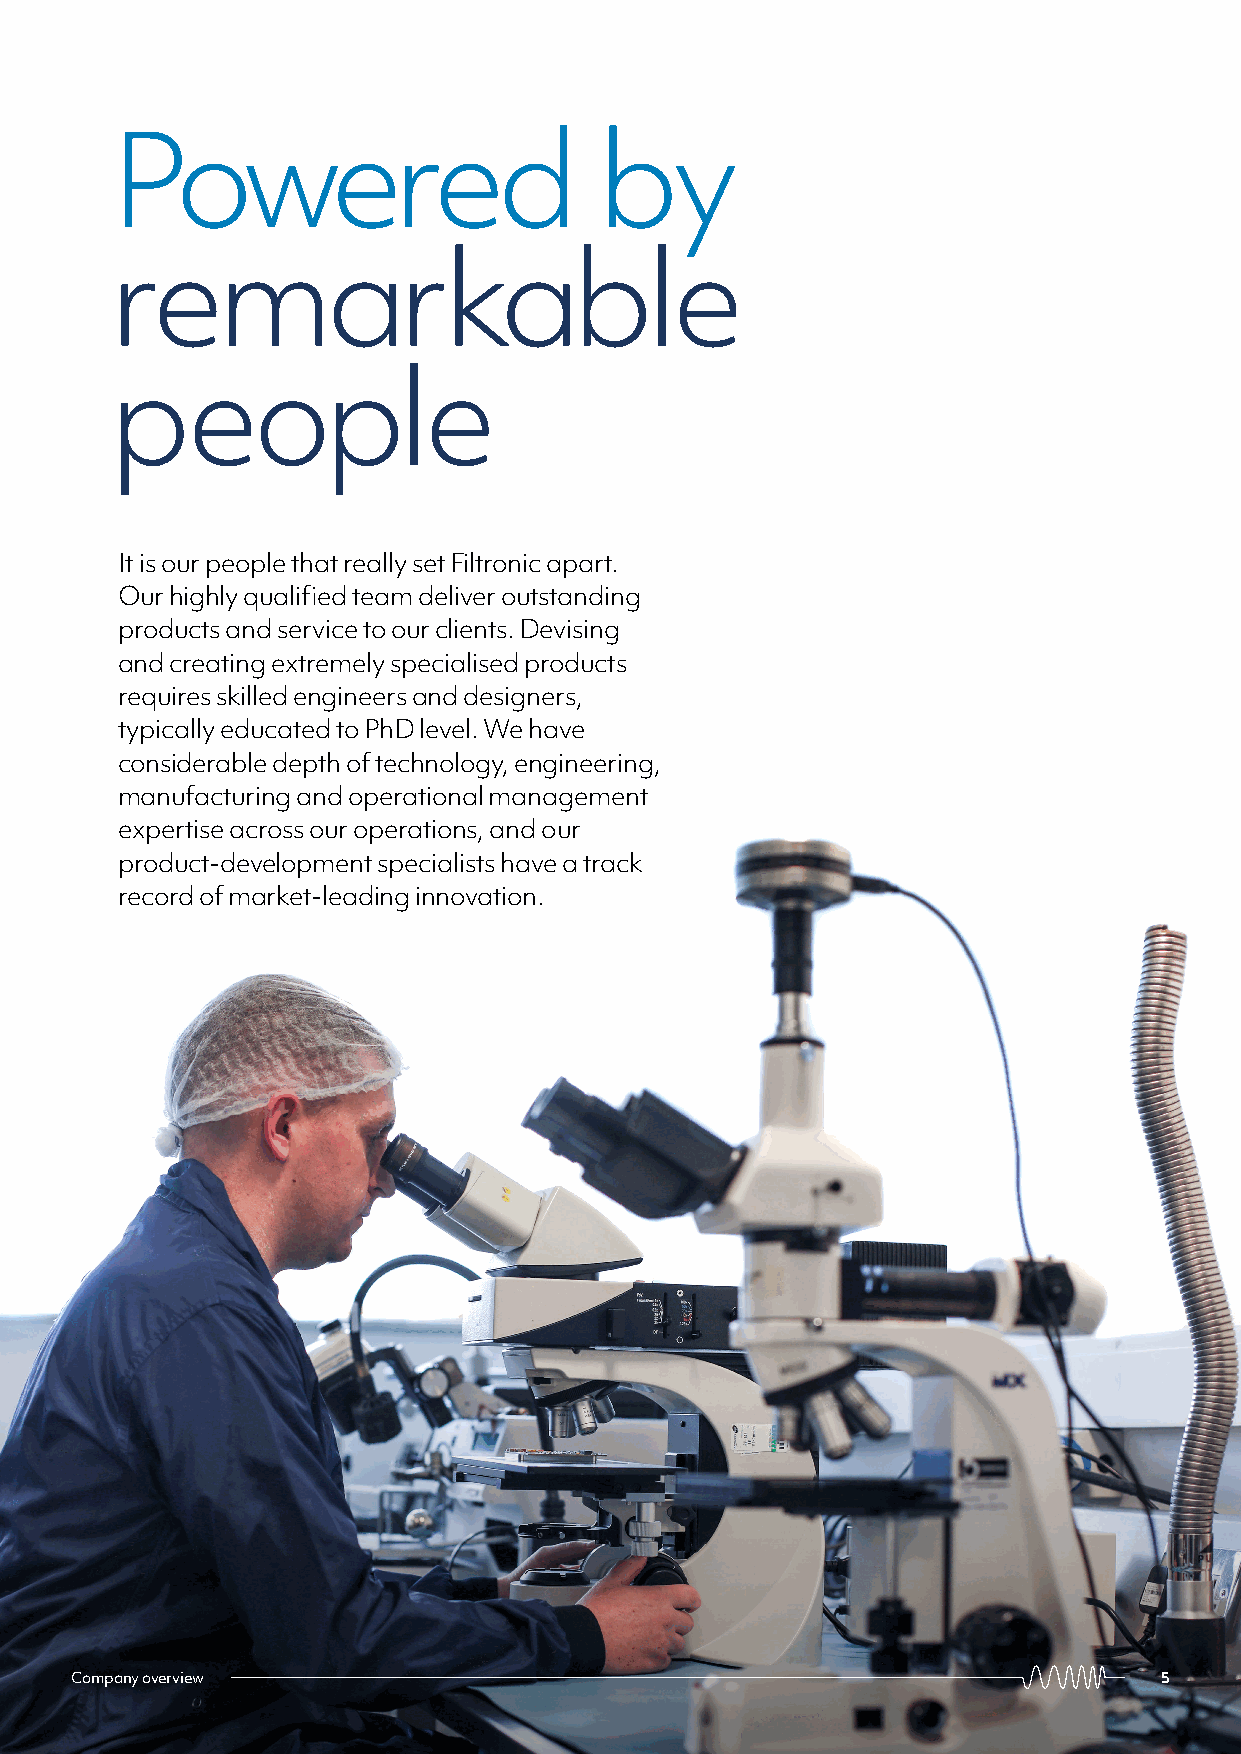
Powered                          by
 remarkable
 people
 It is our people that really set Filtronic apart.
 Our highly qualified team deliver outstanding
 products and service to our clients. Devising
 and creating extremely specialised products
 requires skilled engineers and designers,
 typically educated to PhD level. We have
 considerable depth of technology, engineering,
 manufacturing and operational management
 expertise across our operations, and our
 product-development specialists have a track
 record of market-leading innovation.
 Company overview                                                        5